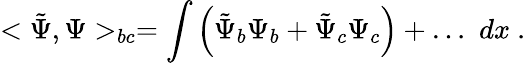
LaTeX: <\tilde{\Psi},\Psi>_{bc}=\int{\left(\tilde{\Psi}_{b}\Psi_{b}+\tilde{\Psi}_{c}\Psi_{c}\right)+\dots}\ \ dx\ .